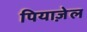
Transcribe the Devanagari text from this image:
पियाज़ेल